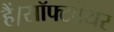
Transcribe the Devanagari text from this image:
हैं।सॉफ्टवेयर